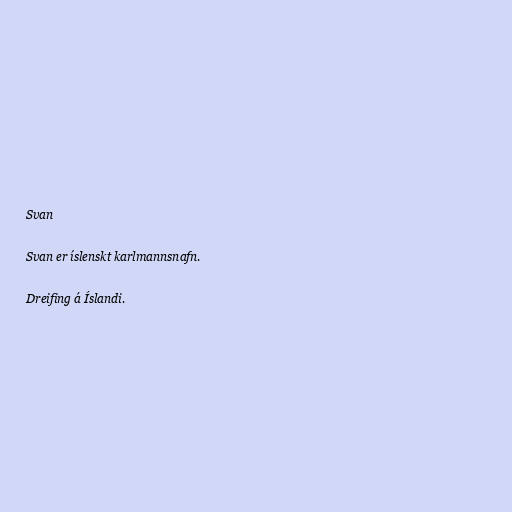
Svan

Svan er íslenskt karlmannsnafn.

Dreifing á Íslandi.